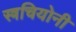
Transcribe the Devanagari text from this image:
स्त्रचियोनी